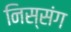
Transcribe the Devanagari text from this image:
निस्संग